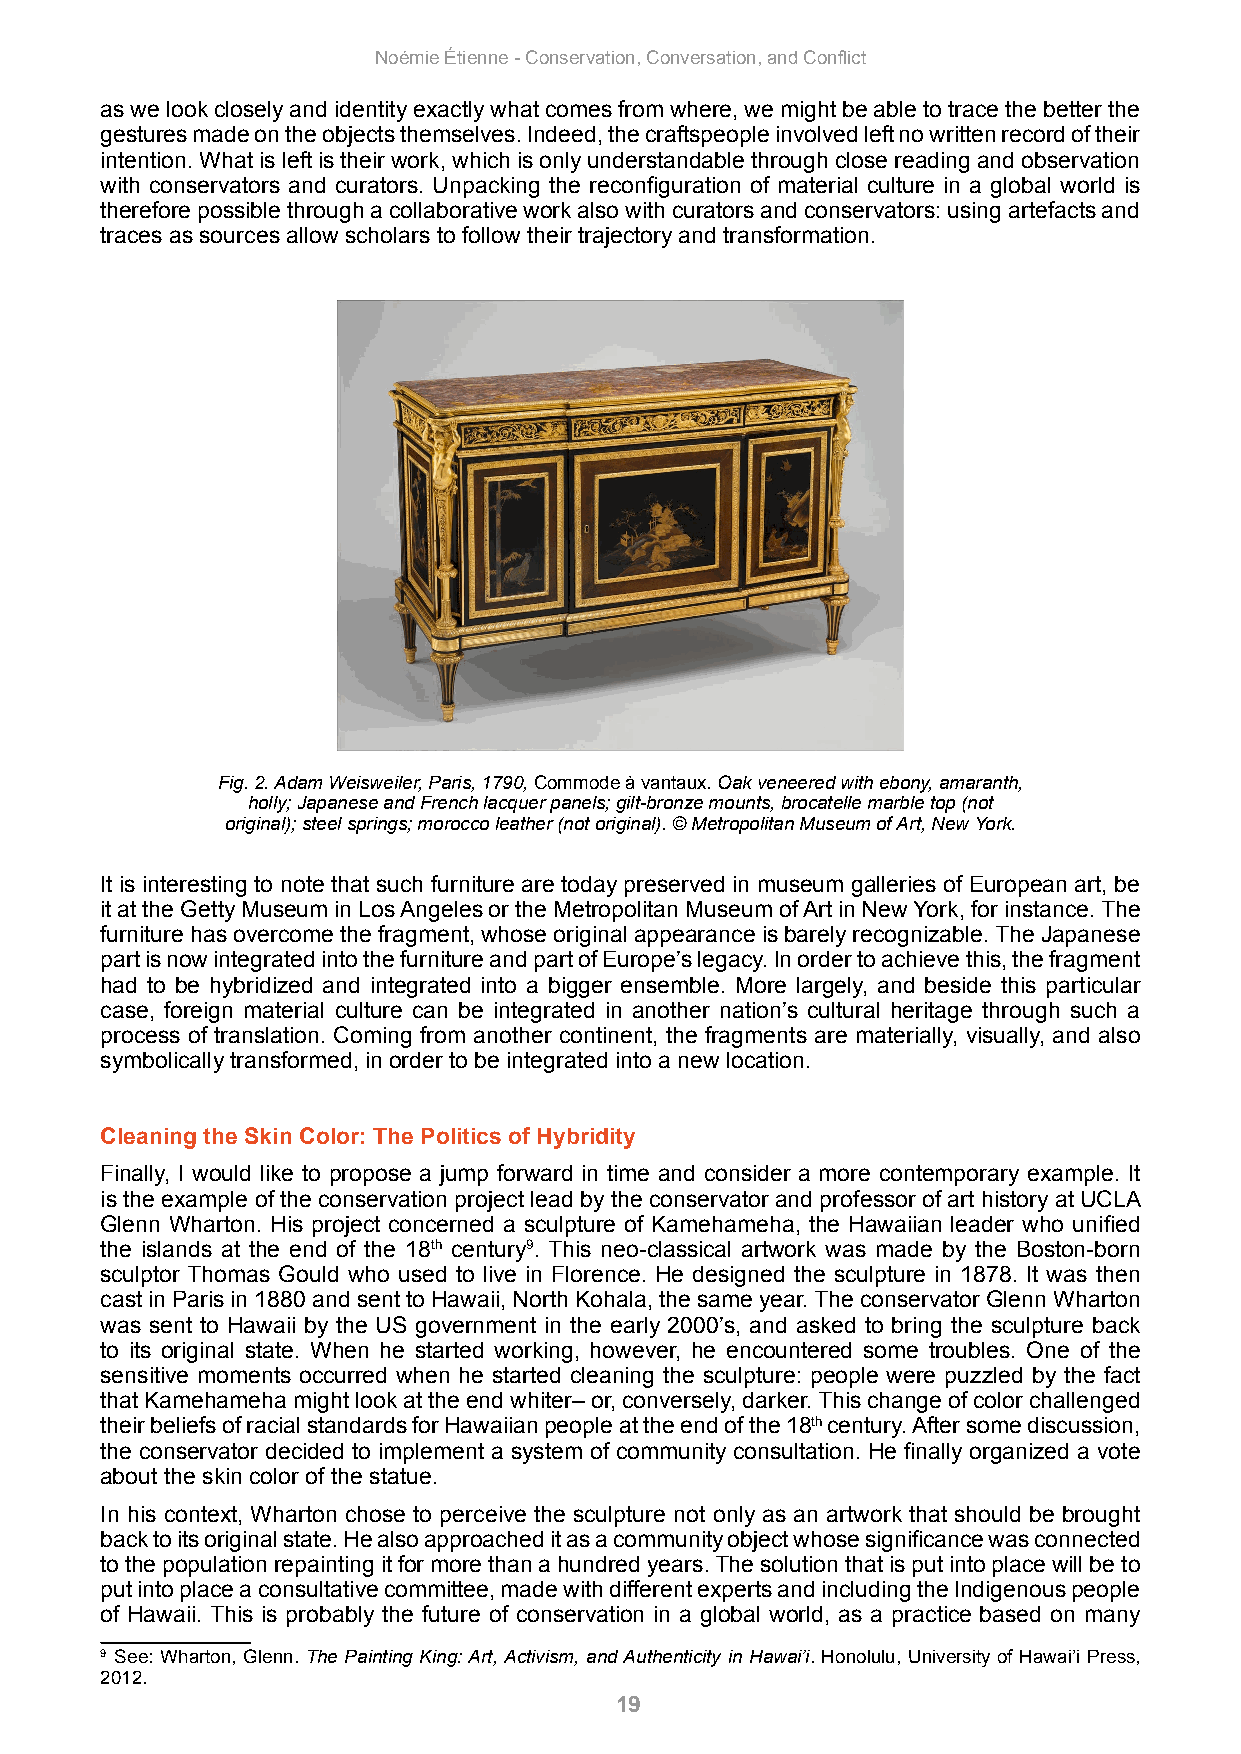
Noémie Étienne - Conservation, Conversation, and Conflict
 as we look closely and identity exactly what comes from where, we might be able to trace the better the
 gestures made on the objects themselves. Indeed, the craftspeople involved left no written record of their
 intention. What is left is their work, which is only understandable through close reading and observation
 with conservators and curators. Unpacking the reconfiguration of material culture in a global world is
 therefore possible through a collaborative work also with curators and conservators: using artefacts and
 traces as sources allow scholars to follow their trajectory and transformation.
 Fig. 2. Adam Weisweiler, Paris, 1790, Commode à vantaux. Oak veneered with ebony, amaranth,
 holly; Japanese and French lacquer panels; gilt-bronze mounts, brocatelle marble top (not
 original); steel springs; morocco leather (not original). © Metropolitan Museum of Art, New York.
 It is interesting to note that such furniture are today preserved in museum galleries of European art, be
 it at the Getty Museum in Los Angeles or the Metropolitan Museum of Art in New York, for instance. The
 furniture has overcome the fragment, whose original appearance is barely recognizable. The Japanese
 part is now integrated into the furniture and part of Europe’s legacy. In order to achieve this, the fragment
 had to be hybridized and integrated into a bigger ensemble. More largely, and beside this particular
 case, foreign material culture can be integrated in another nation’s cultural heritage through such a
 process of translation. Coming from another continent, the fragments are materially, visually, and also
 symbolically transformed, in order to be integrated into a new location.
 Cleaning the Skin Color: The Politics of Hybridity
 Finally, I would like to propose a jump forward in time and consider a more contemporary example. It
 is the example of the conservation project lead by the conservator and professor of art history at UCLA
 Glenn Wharton. His project concerned a sculpture of Kamehameha, the Hawaiian leader who unified
 the islands at the end of the 18th century9. This neo-classical artwork was made by the Boston-born
 sculptor Thomas Gould who used to live in Florence. He designed the sculpture in 1878. It was then
 cast in Paris in 1880 and sent to Hawaii, North Kohala, the same year. The conservator Glenn Wharton
 was sent to Hawaii by the US government in the early 2000’s, and asked to bring the sculpture back
 to its original state. When he started working, however, he encountered some troubles. One of the
 sensitive moments occurred when he started cleaning the sculpture: people were puzzled by the fact
 that Kamehameha might look at the end whiter– or, conversely, darker. This change of color challenged
 their beliefs of racial standards for Hawaiian people at the end of the 18th century. After some discussion,
 the conservator decided to implement a system of community consultation. He finally organized a vote
 about the skin color of the statue.
 In his context, Wharton chose to perceive the sculpture not only as an artwork that should be brought
 back to its original state. He also approached it as a community object whose significance was connected
 to the population repainting it for more than a hundred years. The solution that is put into place will be to
 put into place a consultative committee, made with different experts and including the Indigenous people
 of Hawaii. This is probably the future of conservation in a global world, as a practice based on many
 9 See: Wharton, Glenn. The Painting King: Art, Activism, and Authenticity in Hawai’i. Honolulu, University of Hawai’i Press,
 2012.
 19